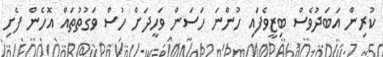
ކުރިން އަބަދުވެސް ބިޒީވެފައި ހުންނަ ހަސަން ވަހީދަށް ހުސް ވަގުތުތައް އޮހެން ފެށި